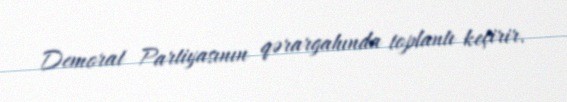
Demorat Partiyasının qərargahında toplantı keçirir.